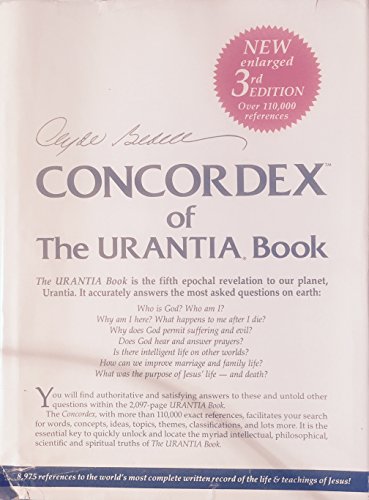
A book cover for Concordex of the Urantia Book: The Urantia Book is the Fifth Epochal to our planet, Urantia. It accurately answers the most asked questions on earth.; Clyde Bedell; Religion & Spirituality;